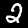
Label: 2